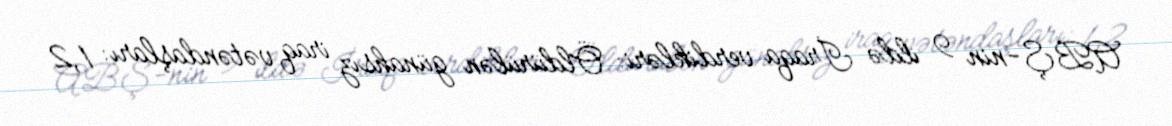
ABŞ-nin 9 ildə İraqa verdikləri: Öldürülən günahsız iraq vətəndaşları: 1,2